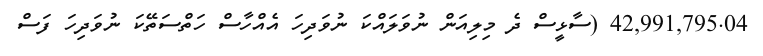
42